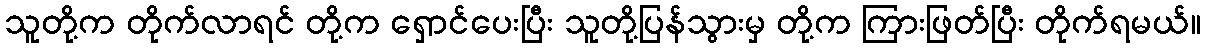
သူတို့က တိုက်လာရင် တို့က ရှောင်ပေးပြီး သူတို့ပြန်သွားမှ တို့က ကြားဖြတ်ပြီး တိုက်ရမယ်။